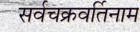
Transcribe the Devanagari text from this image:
सर्वचक्रवर्तिनाम